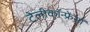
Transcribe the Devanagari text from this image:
टेलीकॉन्फ्रेंसों